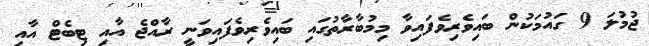
ޖުމުލަ 9 ގައުމަކުން ބައިވެރިވެފައިވާ މިމުބާރާތުގައި ބައިވެރިވެފައިވަނީ ރާއްޖެ އާއި ޓިބެޓް އާއި